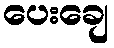
ပေးချေ